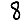
Digit: 8